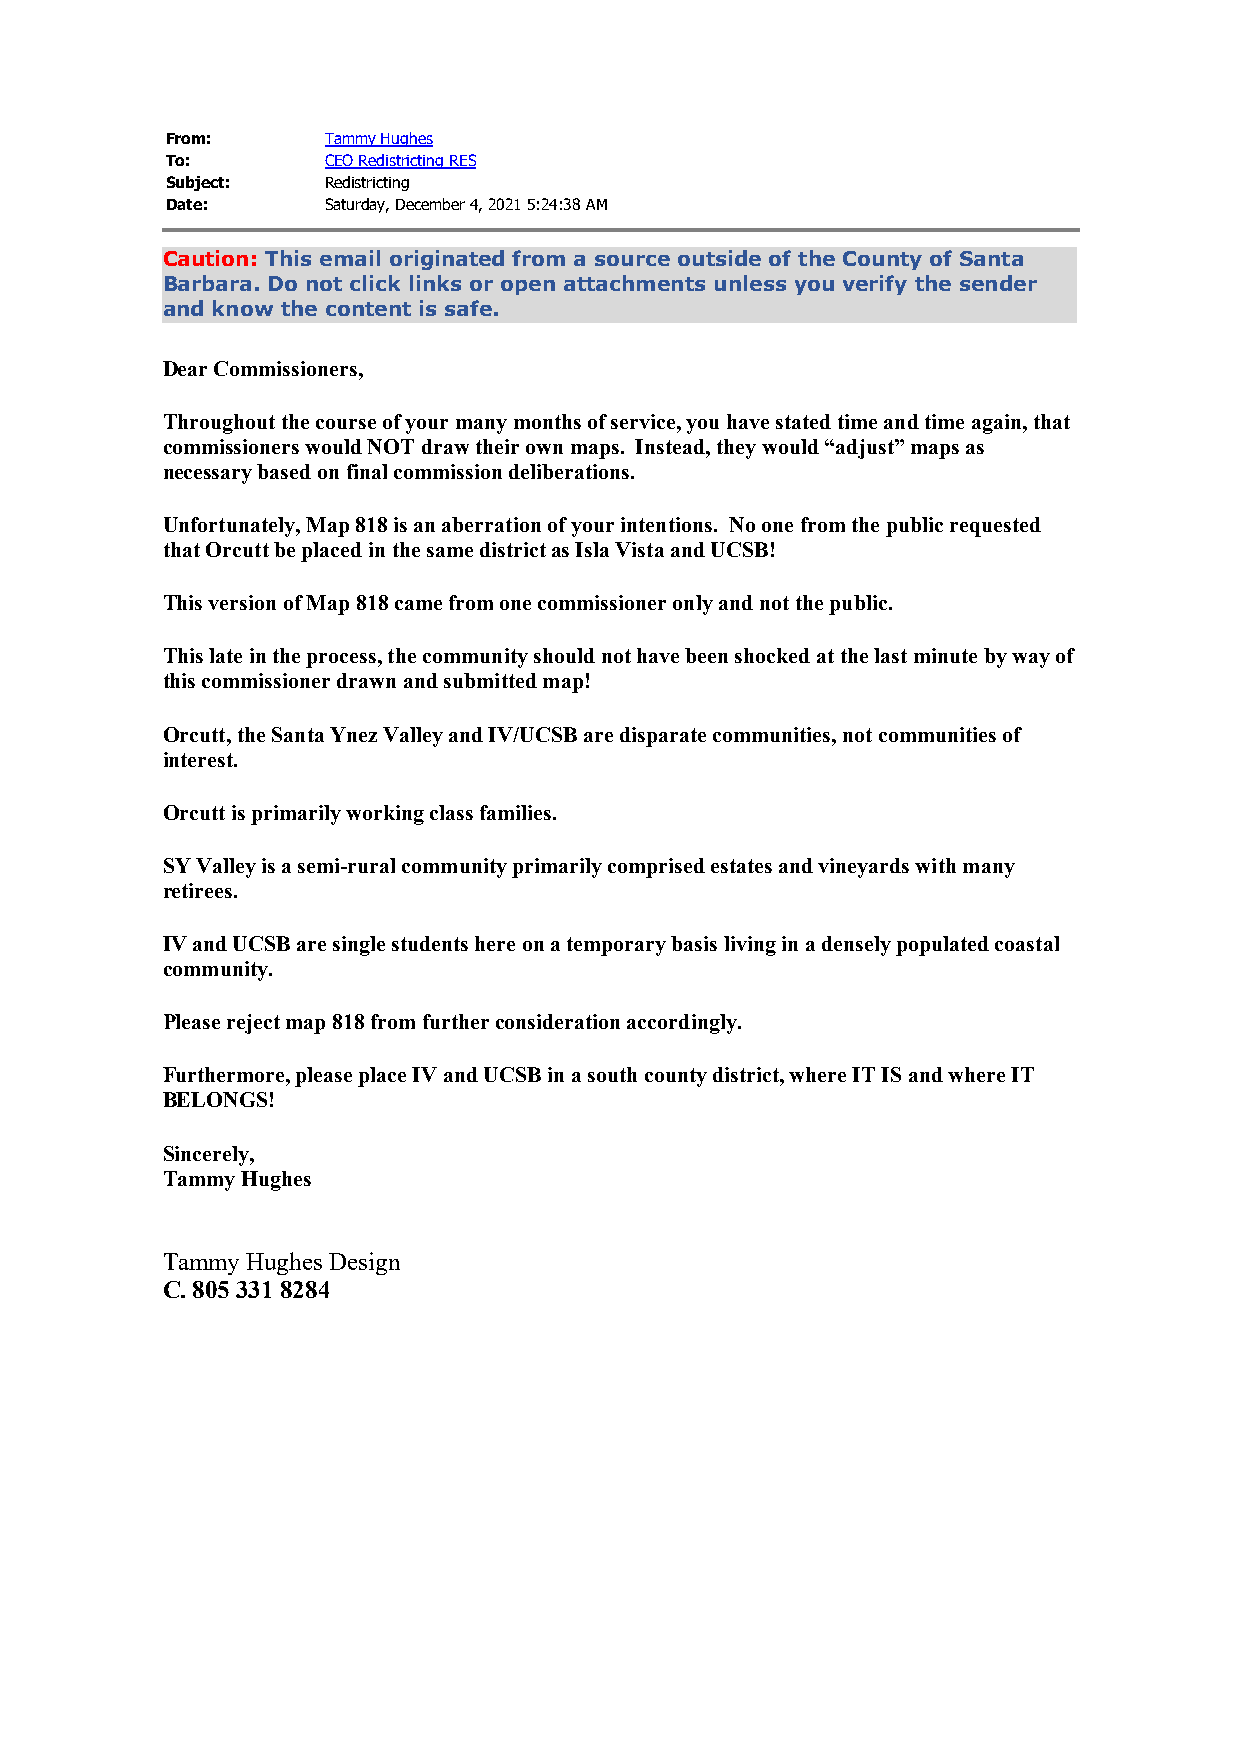
From:      Tammy Hughes
 To:        CEO Redistricting RES
 Subject:   Redistricting
 Date:      Saturday, December 4, 2021 5:24:38 AM
 Caution: This email originated from a source outside of the County of Santa
 Barbara. Do not click links or open attachments unless you verify the sender
 and know the content is safe.
 Dear Commissioners,
 Throughout the course of your many months of service, you have stated time and time again, that
 commissioners would NOT draw their own maps. Instead, they would “adjust” maps as
 necessary based on final commission deliberations.
 Unfortunately, Map 818 is an aberration of your intentions. No one from the public requested
 that Orcutt be placed in the same district as Isla Vista and UCSB!
 This version of Map 818 came from one commissioner only and not the public.
 This late in the process, the community should not have been shocked at the last minute by way of
 this commissioner drawn and submitted map!
 Orcutt, the Santa Ynez Valley and IV/UCSB are disparate communities, not communities of
 interest.
 Orcutt is primarily working class families.
 SY Valley is a semi-rural community primarily comprised estates and vineyards with many
 retirees.
 IV and UCSB are single students here on a temporary basis living in a densely populated coastal
 community.
 Please reject map 818 from further consideration accordingly.
 Furthermore, please place IV and UCSB in a south county district, where IT IS and where IT
 BELONGS!
 Sincerely,
 Tammy Hughes
 Tammy Hughes Design
 C. 805 331 8284